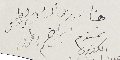
هنا ادرس الياس بطرس ابراهيم بطرس